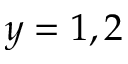
y = 1 , 2